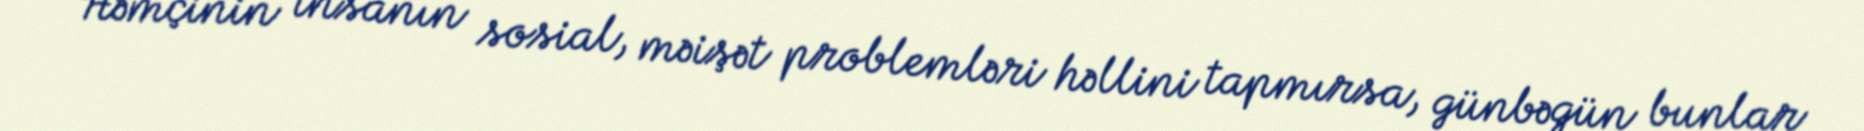
Həmçinin insanın sosial, məişət problemləri həllini tapmırsa, günbəgün bunlar